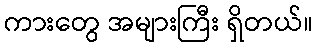
ကားတွေ အများကြီး ရှိတယ်။